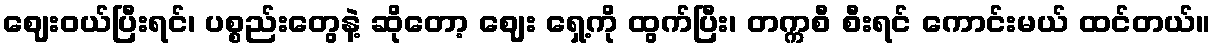
ဈေးဝယ်ပြီးရင်၊ ပစ္စည်းတွေနဲ့ ဆိုတော့ ဈေး ရှေ့ကို ထွက်ပြီး၊ တက္ကစီ စီးရင် ကောင်းမယ် ထင်တယ်။